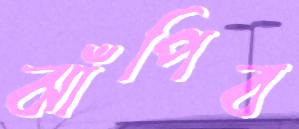
ঝাঁপিব